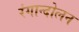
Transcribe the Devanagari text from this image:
रंगान्दोलन